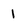
Character: 1